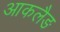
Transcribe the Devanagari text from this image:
आकलैङ